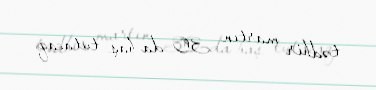
tədbir martın 30-da baş tutacaq.